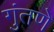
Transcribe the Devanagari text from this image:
गुंतणे